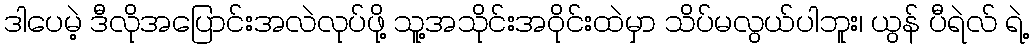
ဒါပေမဲ့ ဒီလိုအပြောင်းအလဲလုပ်ဖို့ သူ့အသိုင်းအဝိုင်းထဲမှာ သိပ်မလွယ်ပါဘူး၊ ယွန် ပီရဲလ် ရဲ့